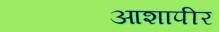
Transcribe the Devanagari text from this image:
आशापीर